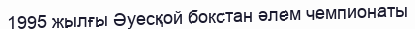
1995 жылғы Әуесқой бокстан әлем чемпионаты